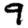
Digit: 9